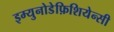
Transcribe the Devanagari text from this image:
इम्युनोडेफ़िशियेन्सी